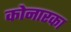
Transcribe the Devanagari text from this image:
कोनारका